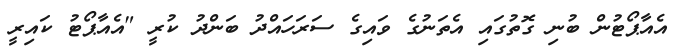
އެއާޕޯޓުން ބުނި ގޮތުގައި އެތަނުގެ ވައިގެ ސަރަހައްދު ބަންދު ކުރީ "އެއާޕޯޓު ކައިރީ